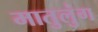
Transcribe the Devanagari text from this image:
मातुलुंग